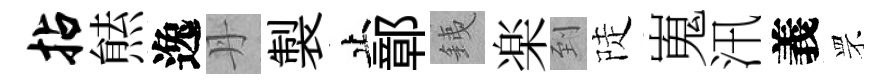
拈㷱逸丹製止鄣銕楽到陡嵬汛義罘